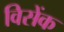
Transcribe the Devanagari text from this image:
विसेंक